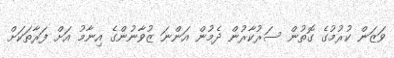
ވަޒަން ކުރުމުގެ ގޮތުން ސަރުކާރުން ދެމުން އަންނަ ޒުވާނުންގެ އިނާމު އަށް ފަރާތަކަށް